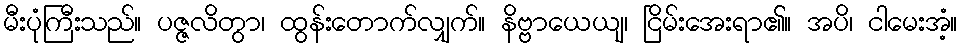
မီးပုံကြီးသည်။ ပဇ္ဇလိတွာ၊ ထွန်းတောက်လျှက်။ နိဗ္ဗာယေယျ၊ ငြိမ်းအေးရာ၏။ အပိ၊ ငါမေးအံ့။